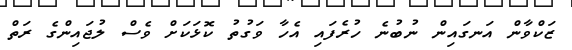
ޒަކްވާން އަނގައިން ނުބުނެ ހުރެފައި އެހާ ވަގުތު ކޮޅަކަށް ވެސް ލުޖައިންގެ ރަތް